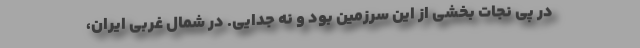
در پی نجات بخشی از این سرزمین بود و نه جدایی. در شمال غربی ایران،